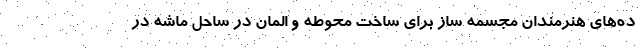
ده‌های هنرمندان مجسمه ساز برای ساخت محوطه و المان در ساحل ماشه در